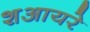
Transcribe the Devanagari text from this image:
शआयरे